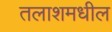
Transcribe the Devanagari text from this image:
तलाशमधील